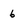
Character: 6